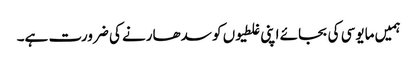
ہمیں مایوسی کی بجائے اپنی غلطیوں کو سدھارنے کی ضرورت ہے۔